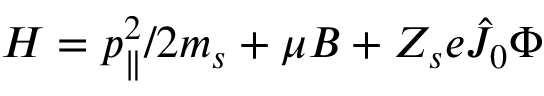
H = p _ { \parallel } ^ { 2 } / 2 m _ { s } + \mu B + Z _ { s } e \hat { J } _ { 0 } { \Phi }